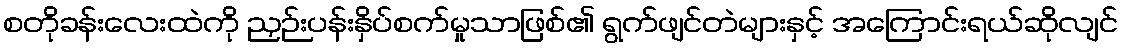
စတိုခန်းလေးထဲကို ညှဉ်းပန်းနှိပ်စက်မှုသာဖြစ်၏ ရွက်ဖျင်တဲများနှင့် အကြောင်းရယ်ဆိုလျင်